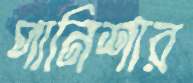
পানিশার